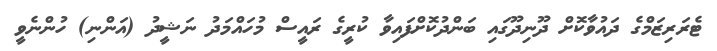
ޓެރަރިޒަމްގެ ދައުވާކޮށް ދޫނިދޫގައި ބަންދުކޮށްފައިވާ ކުރީގެ ރައީސް މުހައްމަދު ނަޝީދު (އަންނި) ހުންނެވީ